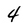
Character: 4